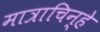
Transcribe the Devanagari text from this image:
मात्राचिन्हे